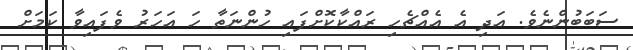
ސަބަބުންނެވެ. އަދި އެ އެއްޗެހި ރައްކާކޮށްފައި ހުންނަތާ ހަ އަހަރު ވެފައިވާ ކަމަށް